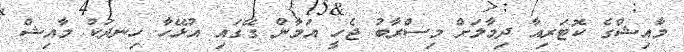
މާއިޝްގެ ކޮޓަރިއާ ދިމާލަށް މިސްރާބު ޖެހީ އަމާން ގޭގައި އުޅޭހާ ހިނދަކު މާއިޝް